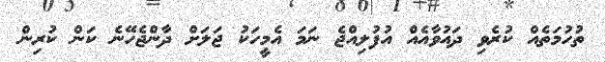
ތުހުމަތެއް ކުރެވި ދައުވާއެއް އުފުލިއްޖެ ނަމަ އެމީހަކު ޖަލަށް ދާންޖެހޭނެ ކަން ކުރިން